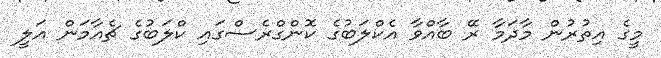
މީގެ އިތުރުން މާދަމާ ރޭ ބާއްވާ އެކްލަބުގެ ކޮންގްރެސްގައި ކްލަބުގެ ޗެއާމަން އަލީ